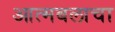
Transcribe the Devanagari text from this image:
आत्मबलाचा